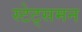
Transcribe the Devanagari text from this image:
स्टेट्समन